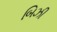
બિઝી